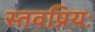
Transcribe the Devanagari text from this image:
स्तवप्रियः